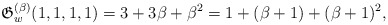
\begin{gather*}\mathfrak{G}_{w}^{(\beta)}(1,1,1,1)=3+3 \beta+\beta^2=1+(\beta+1)+(\beta+1)^2, \end{gather*}